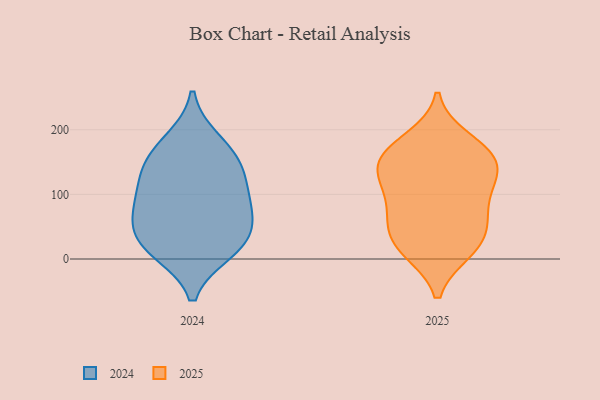
{"axis": {"x": "Conversion Rate (%)", "y": "Value"}, "legend": ["2024", "2025"], "data": [{"x": "", "y": 12, "type": "2025"}, {"x": "", "y": 94, "type": "2025"}, {"x": "", "y": 185, "type": "2025"}, {"x": "", "y": 53, "type": "2025"}, {"x": "", "y": 14, "type": "2025"}, {"x": "", "y": 149, "type": "2025"}, {"x": "", "y": 154, "type": "2025"}, {"x": "", "y": 127, "type": "2025"}, {"x": "", "y": 88, "type": "2025"}, {"x": "", "y": 18, "type": "2025"}, {"x": "", "y": 54, "type": "2025"}, {"x": "", "y": 134, "type": "2025"}, {"x": "", "y": 120, "type": "2025"}, {"x": "", "y": 168, "type": "2025"}, {"x": "", "y": 52, "type": "2025"}, {"x": "", "y": 168, "type": "2025"}, {"x": "", "y": 160, "type": "2024"}, {"x": "", "y": 97, "type": "2024"}, {"x": "", "y": 182, "type": "2024"}, {"x": "", "y": 13, "type": "2024"}, {"x": "", "y": 20, "type": "2024"}, {"x": "", "y": 130, "type": "2024"}, {"x": "", "y": 47, "type": "2024"}, {"x": "", "y": 80, "type": "2024"}, {"x": "", "y": 76, "type": "2024"}, {"x": "", "y": 27, "type": "2024"}, {"x": "", "y": 141, "type": "2024"}]}